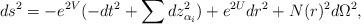
LaTeX: \begin{align*}ds^{2}=-e^{2V}(-dt^{2}+\sum dz_{\alpha_{i}}^{2})+e^{2U}dr^{2}+N(r)^{2}d\Omega ^{2}, \end{align*}